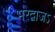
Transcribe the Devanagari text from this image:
भरद्वाजऽ